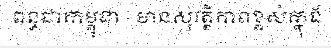
ពន្ធដាកម្ពុជា - មានសុវត្ថិភាពខ្ពស់ក្នុង